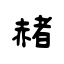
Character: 赭